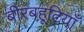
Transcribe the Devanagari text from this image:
बीरबहूटियाँ